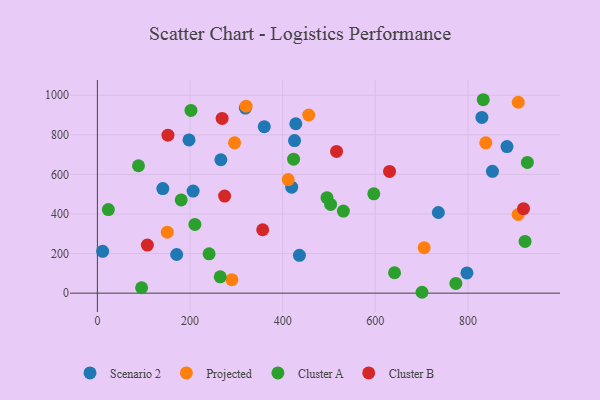
{"axis": {"x": "Study Hours", "y": "Profit"}, "legend": ["Cluster A", "Cluster B", "Projected", "Scenario 2"], "data": [{"x": "830.2", "y": 888.0, "type": "Scenario 2"}, {"x": "436.2", "y": 191.3, "type": "Scenario 2"}, {"x": "141.3", "y": 528.7, "type": "Scenario 2"}, {"x": "171.2", "y": 195.2, "type": "Scenario 2"}, {"x": "428.4", "y": 856.0, "type": "Scenario 2"}, {"x": "360.3", "y": 841.5, "type": "Scenario 2"}, {"x": "266.6", "y": 674.1, "type": "Scenario 2"}, {"x": "884.4", "y": 740.5, "type": "Scenario 2"}, {"x": "206.7", "y": 516.0, "type": "Scenario 2"}, {"x": "319.5", "y": 935.2, "type": "Scenario 2"}, {"x": "853.0", "y": 615.5, "type": "Scenario 2"}, {"x": "419.5", "y": 535.6, "type": "Scenario 2"}, {"x": "11.3", "y": 211.6, "type": "Scenario 2"}, {"x": "736.2", "y": 407.6, "type": "Scenario 2"}, {"x": "797.9", "y": 102.3, "type": "Scenario 2"}, {"x": "197.8", "y": 774.4, "type": "Scenario 2"}, {"x": "425.7", "y": 771.0, "type": "Scenario 2"}, {"x": "150.9", "y": 307.9, "type": "Projected"}, {"x": "908.4", "y": 397.5, "type": "Projected"}, {"x": "412.1", "y": 574.0, "type": "Projected"}, {"x": "290.4", "y": 67.9, "type": "Projected"}, {"x": "705.5", "y": 229.7, "type": "Projected"}, {"x": "296.2", "y": 759.6, "type": "Projected"}, {"x": "321.0", "y": 945.0, "type": "Projected"}, {"x": "908.7", "y": 964.7, "type": "Projected"}, {"x": "456.3", "y": 900.4, "type": "Projected"}, {"x": "838.6", "y": 759.8, "type": "Projected"}, {"x": "202.0", "y": 923.3, "type": "Cluster A"}, {"x": "641.6", "y": 103.0, "type": "Cluster A"}, {"x": "833.1", "y": 977.5, "type": "Cluster A"}, {"x": "181.0", "y": 471.2, "type": "Cluster A"}, {"x": "503.6", "y": 448.6, "type": "Cluster A"}, {"x": "88.7", "y": 643.8, "type": "Cluster A"}, {"x": "241.2", "y": 198.9, "type": "Cluster A"}, {"x": "928.4", "y": 660.8, "type": "Cluster A"}, {"x": "265.2", "y": 82.3, "type": "Cluster A"}, {"x": "700.9", "y": 4.4, "type": "Cluster A"}, {"x": "210.5", "y": 347.1, "type": "Cluster A"}, {"x": "23.7", "y": 422.3, "type": "Cluster A"}, {"x": "423.6", "y": 677.3, "type": "Cluster A"}, {"x": "596.8", "y": 501.8, "type": "Cluster A"}, {"x": "95.5", "y": 27.2, "type": "Cluster A"}, {"x": "923.4", "y": 261.4, "type": "Cluster A"}, {"x": "531.1", "y": 414.7, "type": "Cluster A"}, {"x": "774.0", "y": 49.0, "type": "Cluster A"}, {"x": "495.7", "y": 482.3, "type": "Cluster A"}, {"x": "630.8", "y": 615.3, "type": "Cluster B"}, {"x": "107.9", "y": 242.8, "type": "Cluster B"}, {"x": "274.7", "y": 490.7, "type": "Cluster B"}, {"x": "920.1", "y": 427.1, "type": "Cluster B"}, {"x": "356.9", "y": 320.4, "type": "Cluster B"}, {"x": "269.3", "y": 883.2, "type": "Cluster B"}, {"x": "152.3", "y": 798.1, "type": "Cluster B"}, {"x": "516.4", "y": 716.0, "type": "Cluster B"}]}